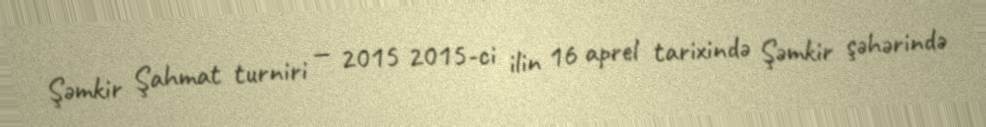
Şəmkir Şahmat turniri — 2015 2015-ci ilin 16 aprel tarixində Şəmkir şəhərində